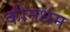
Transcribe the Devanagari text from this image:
कीनधम